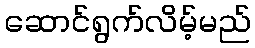
ဆောင်ရွက်လိမ့်မည်